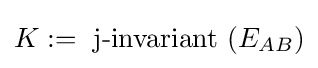
K:={\text{ j-invariant }}(E_{AB})